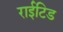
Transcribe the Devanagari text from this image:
राईटिड